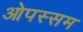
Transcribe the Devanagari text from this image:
ओपस्सम